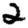
Digit: 2